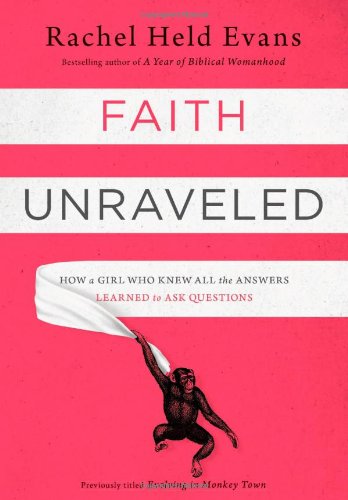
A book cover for Faith Unraveled: How a Girl Who Knew All the Answers Learned to Ask Questions; Rachel Held Evans; Religion & Spirituality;